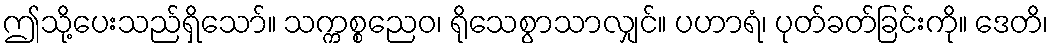
ဤသို့ပေးသည်ရှိသော်။ သက္ကစ္စညေဝ၊ ရိုသေစွာသာလျှင်။ ပဟာရံ၊ ပုတ်ခတ်ခြင်းကို။ ဒေတိ၊